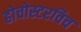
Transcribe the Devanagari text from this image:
होचोस्टरविच